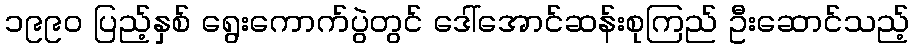
၁၉၉၀ ပြည့်နှစ် ရွေးကောက်ပွဲတွင် ဒေါ်အောင်ဆန်းစုကြည် ဦးဆောင်သည့်